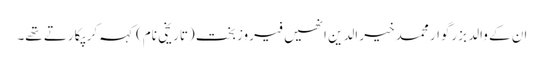
ان کے والد بزرگوار محمد خیر الدین انھیں فیروزبخت (تاریخی نام) کہہ کر پکارتے تھے۔